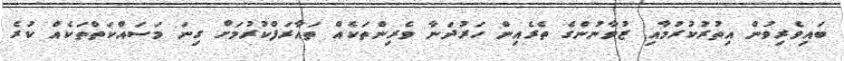
ބައިވެރިވުން އިތުރުކުރުމާއި ޒުވާނުންގެ ތެރެއިން ހަރުދަނާ ވެރިންތަކެއް ތައާރަފްކުރުމަށް ގިނަ މަސައްކަތްތަކެއް ކުރެ